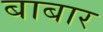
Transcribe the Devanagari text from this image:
बाबार